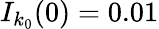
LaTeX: I_{k_{0}}(0)=0.01